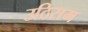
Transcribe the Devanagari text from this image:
उठिराम